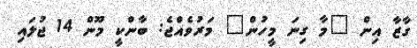
ގާޒާ އިން "މާ ގިނަ މީހުން" މަރުވެއްޖެ: ބާންކީ މޫން 14 ޖުލައި